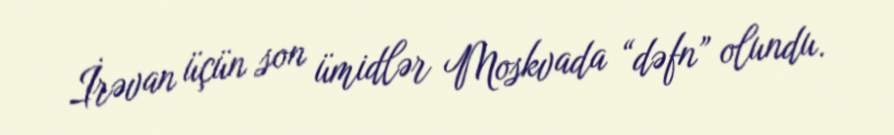
İrəvan üçün son ümidlər Moskvada “dəfn” olundu.